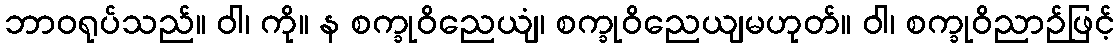
ဘာဝရုပ်သည်။ ဝါ၊ ကို။ န စက္ခုဝိညေယျံ၊ စက္ခုဝိညေယျမဟုတ်။ ဝါ၊ စက္ခုဝိညာဉ်ဖြင့်